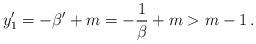
LaTeX: \begin{align*}y_1'=-\beta' +m = -\frac{1}{\beta} + m > m-1\,.\end{align*}